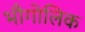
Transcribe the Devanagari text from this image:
भौगोलिक